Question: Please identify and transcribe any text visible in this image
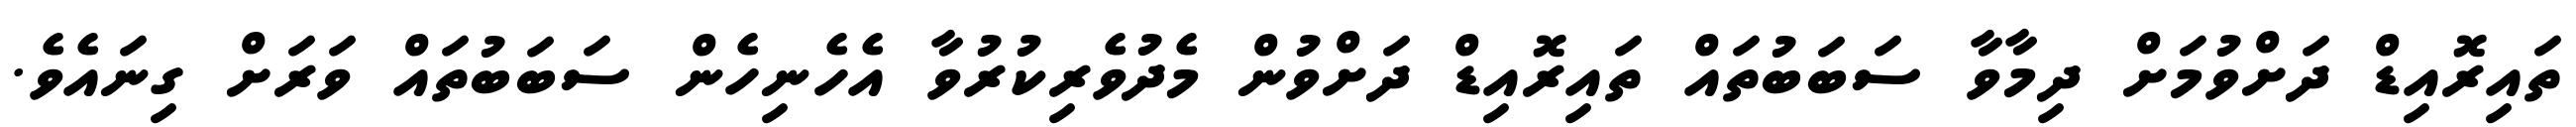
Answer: ތައިރޮއިޑް ދަށްވުމަށް ދިމާވާ ސަބަބުތައް ތައިރޮއިޑް ދަށްވުން މެދުވެރިކުރުވާ އެހެނިހެން ސަބަބުތައް ވަރަށް ގިނައެވެ.